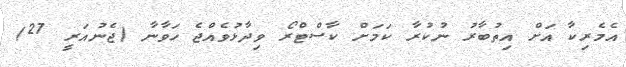
އެމެރިކާ އަށް އިތުބާރު ނުކުރާ ކަމަށް ކާސްޓްރޯ ވިދާޅުވެއްޖެ ހަވާނާ (ޖެނުއަރީ 27)